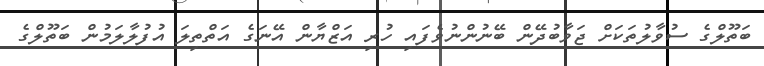
ބަތޫލްގެ ސުވާލުތަކަށް ޖަވާބުދޭން ބޭނުންނުވެފައި ހުރި އަޒްޔާން އޭނަގެ އަތްތިލަ އުފުލާލަމުން ބަތޫލްގެ